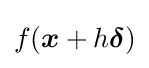
f({\boldsymbol {x}}+h{\boldsymbol {\delta }})